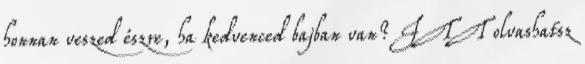
honnan veszed észre, ha kedvenced bajban van? ITT olvashatsz